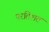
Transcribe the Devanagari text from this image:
परतिशत